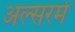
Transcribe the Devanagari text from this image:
अल्सरमें